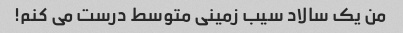
من یک سالاد سیب زمینی متوسط ​​درست می کنم!